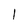
Character: l